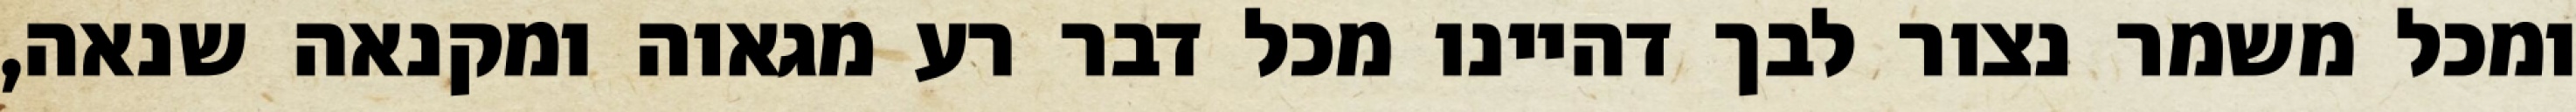
ומכל משמר נצור לבך דהיינו מכל דבר רע מגאוה ומקנאה שנאה,